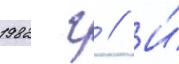
1982 г // И́